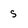
Character: s